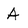
Character: A